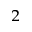
_ 2